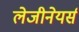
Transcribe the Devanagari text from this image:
लेजीनेयर्स